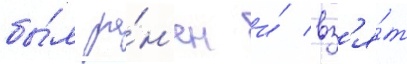
бы́л ра́н'ен и́ вз'я́т